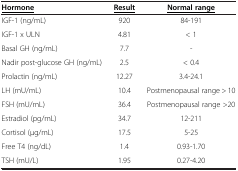
<table><thead><tr><td><b><underline>Hormone</underline></b></td><td><b><underline>Result</underline></b></td><td><b><underline>Normal range</underline></b></td></tr></thead><tbody><tr><td>IGF-1 (ng/mL)</td><td>920</td><td>84-191</td></tr><tr><td>IGF-1 x ULN</td><td>4.81</td><td>&lt; 1</td></tr><tr><td>Basal GH (ng/mL)</td><td>7.7</td><td>-</td></tr><tr><td>Nadir post-glucose GH (ng/mL)</td><td>2.5</td><td>&lt; 0.4</td></tr><tr><td>Prolactin (ng/mL)</td><td>12.27</td><td>3.4-24.1</td></tr><tr><td>LH (mU/mL)</td><td>10.4</td><td>Postmenopausal range &gt; 10</td></tr><tr><td>FSH (mU/mL)</td><td>36.4</td><td>Postmenopausal range &gt;20</td></tr><tr><td>Estradiol (pg/mL)</td><td>34.7</td><td>12-211</td></tr><tr><td>Cortisol (μg/mL)</td><td>17.5</td><td>5-25</td></tr><tr><td>Free T4 (ng/dL)</td><td>1.4</td><td>0.93-1.70</td></tr><tr><td>TSH (mU/L)</td><td>1.95</td><td>0.27-4.20</td></tr></tbody></table>